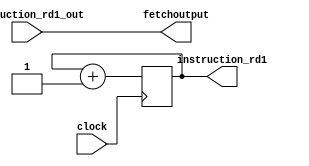
module fetch(clock, instruction_rd1, instruction_rd1_out, fetchoutput);

	output [19:00]instruction_rd1;
	output [15:00]fetchoutput;

	input clock;
	input [15:00]instruction_rd1_out;
	
	wire clock;

	wire [15:00] fetchoutput;
	wire [15:00] instruction_rd1_out;

	wire [19:00] instruction_rd1;

	reg [19:00]programcounter;

	always @(posedge clock) begin
		programcounter <= programcounter + 1;
	end

	assign instruction_rd1 = programcounter;	//finds the palce in memory that is equal to the value of programcounter
	assign fetchoutput = instruction_rd1_out;	// sets that as fetchoutput

	initial programcounter = 0;

endmodule